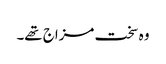
وہ سخت مزاج تھے۔